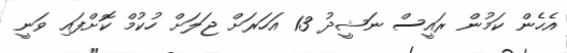
އެހެން ކަމުން ރައީސް ނަޝީދު 13 އަހަރަށް ޖަލަށް ހުކުމް ކޮށްފައި ވަނީ